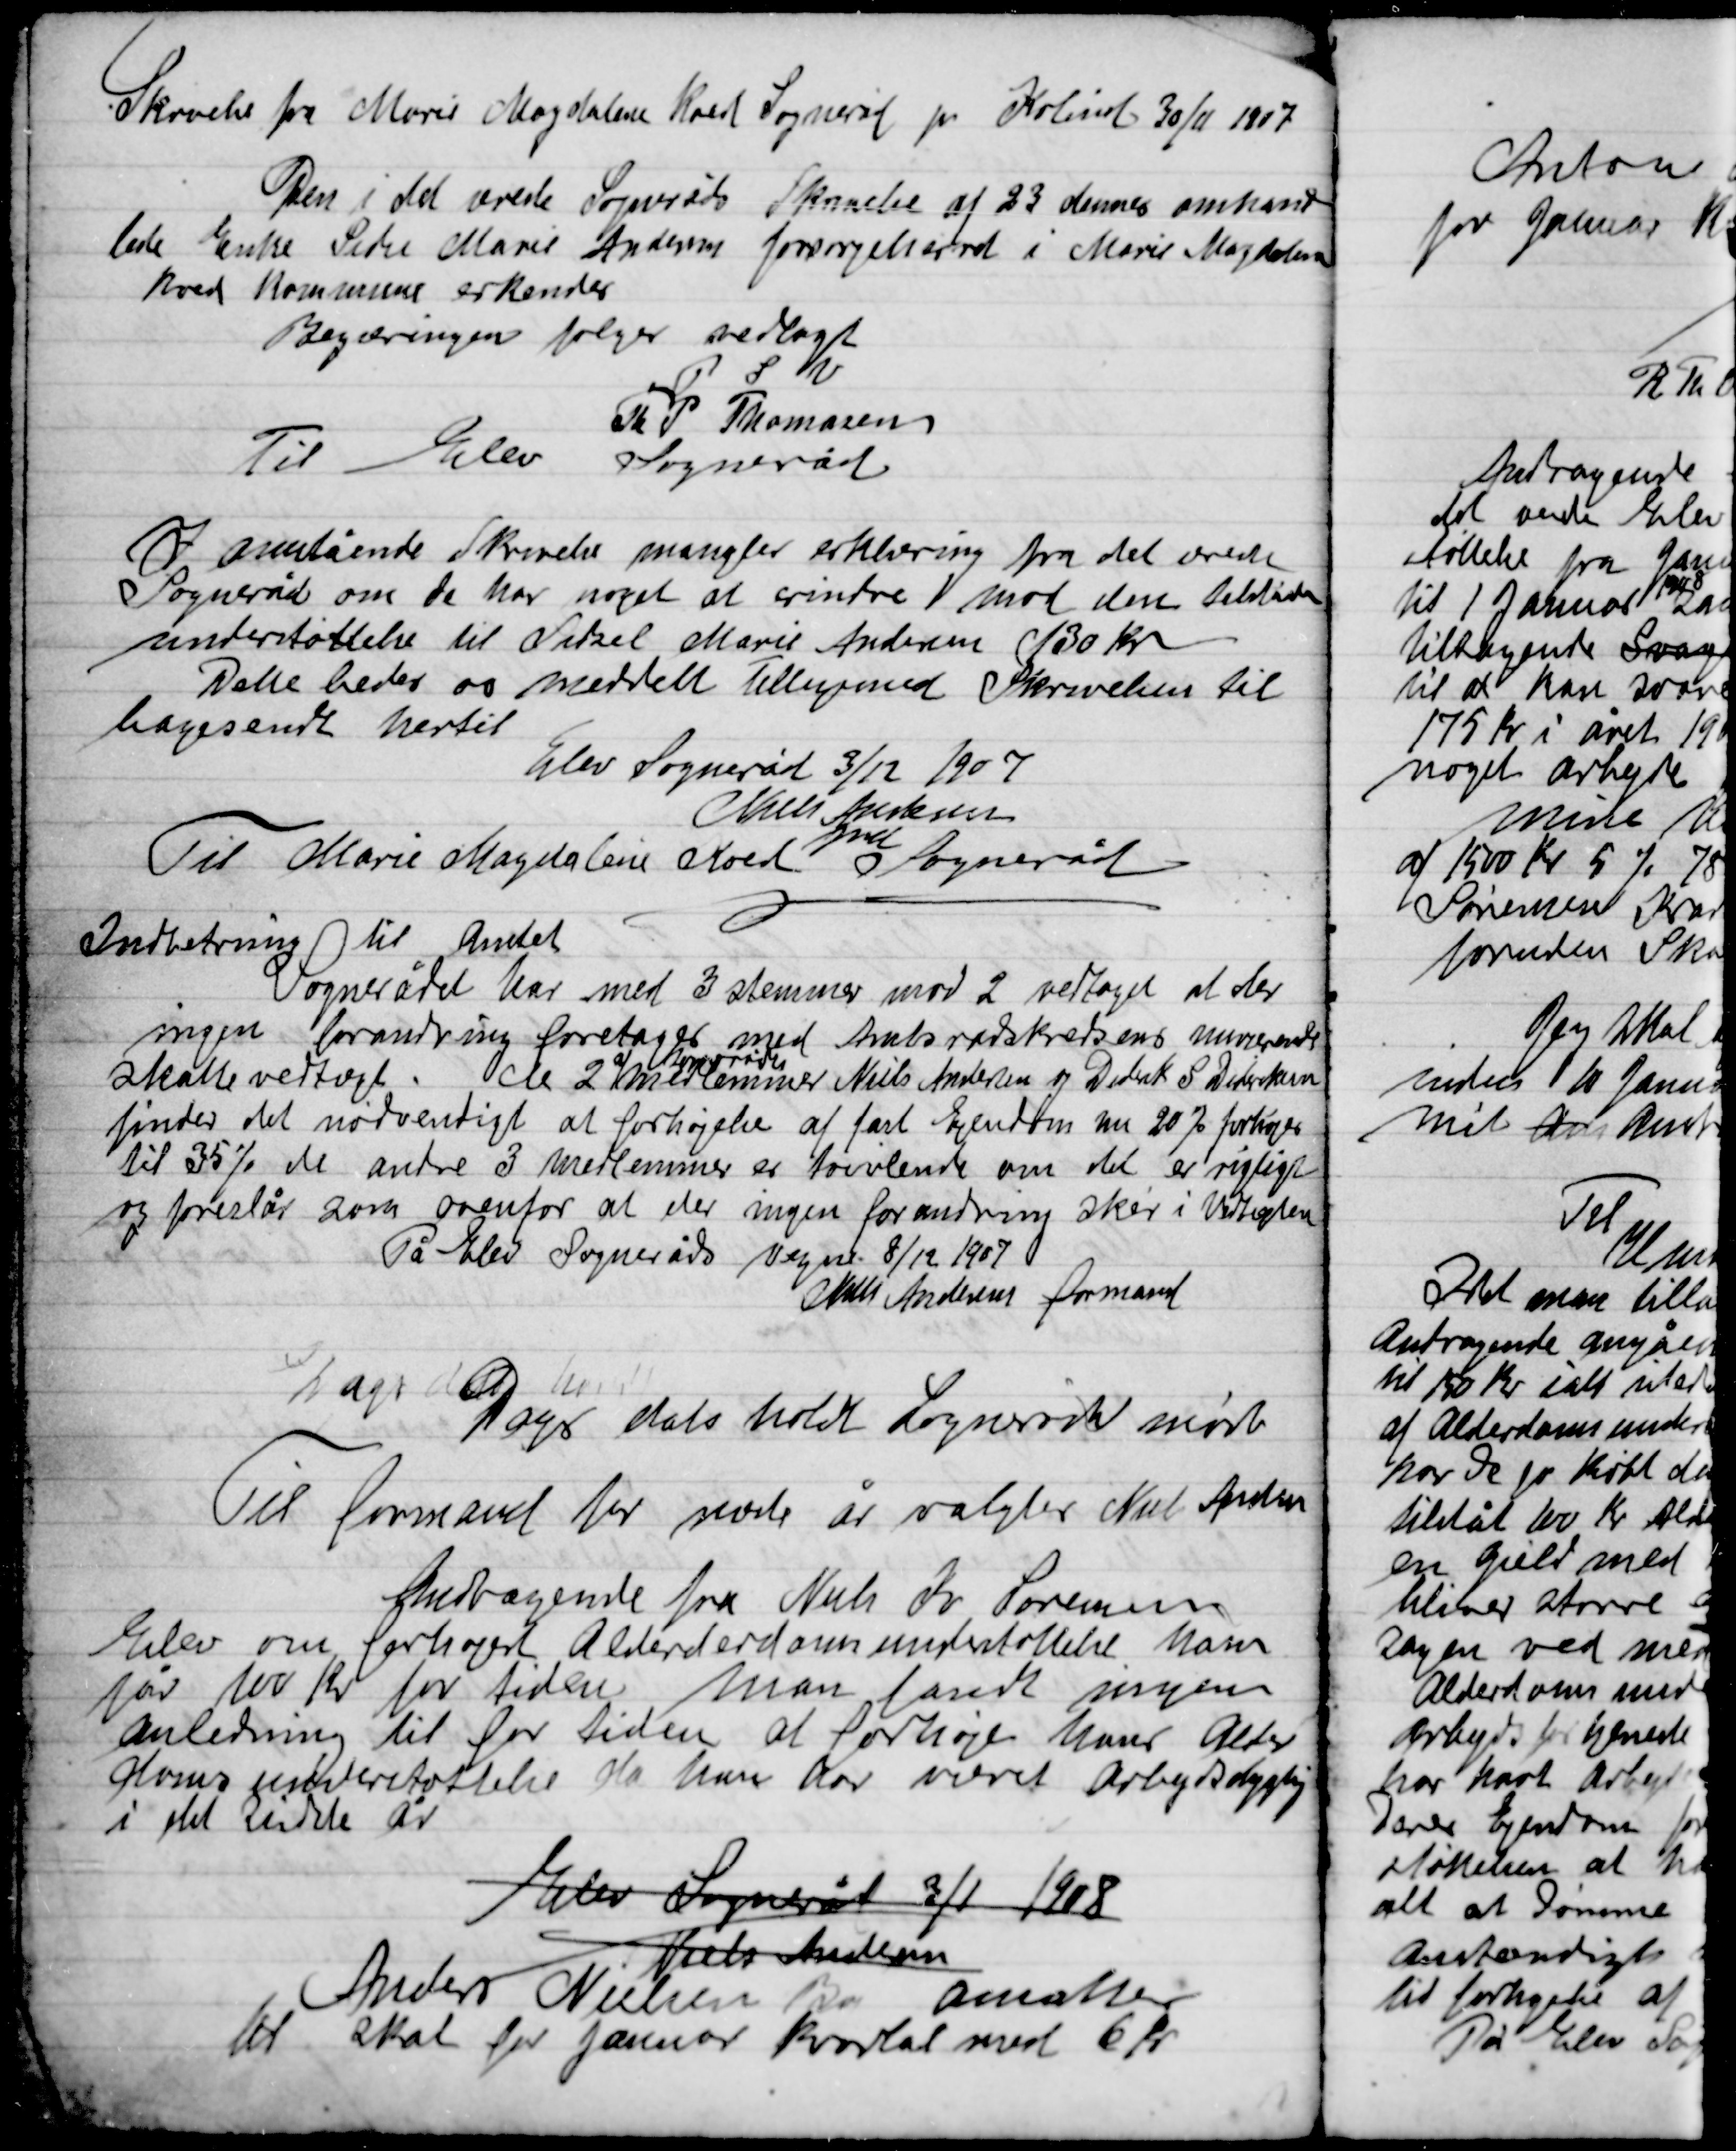
Transskription:
Skrivelse fra Marie Magdalene Koed Sogneråd for Kolind 30/11 1907
Den i det ærede Sogneråds Skrivelse af 23 dennes omhand-
lende Enke Petra Marie Andersen forsørgelsesret i Marie Magdalene
Koed Kommunes erkendes
Begæringen følger vedtaget
P.S.V.
Th. P. Thomsen
Til Elev Sogneråd

I ovenstående Skrivelse mangler erklæring fra det ærede
Sogneråd om De har noget at ændre mod den tilståede
understøttelse til Silzel Marie Andersen 130 Kr.
Dette bedes os meddelt Tilligemed Skrivelsen til-
bagesendt hertil
Elev Sogneråd 3/12 1907
Niels Andersen
fmd
Til Marie Magdalene Koed fra Sogneråd

Indberetning til Amtet
Sognerådet har med 3 stemmer mod 2 vedtaget at der
Ingen forandring foretages med Amtsraadskredsens nuværende
Skattevedtægt. De 2
af sognerådets
medlemmer Niels Andersen og Diderik S. Dideriksen
finder det nødvendigt at forhøjelse af fast Ejendom nu 20% forhøjes
til 35% de andre 3 medlemmer er tvivlende om det er rigtigt
og foreslår som ovenfor at der ingen forandring sker i Vedtægten
På Elev Sogneråds vegne 8/12 1907
Niels Andersen formand

Dags dato holdt Sognerådet møde

Til formand for næste år valgtes Niels Andersen

Andragende fra Niels Kr. Sørensen
Elev om forhøjet Alderdomsunderstøttelse. Han
får 100 Kr. for tiden. Man fandt ingen
anledning til for tiden at forhøje hans Alder-
domsunderstøttelse da han har været Arbejdsdygtig
i det sidste år.

Elev Sogneråd 3/1 1908
Niels Andersen

Anders Nielsen  ansættes
til skat for januar kvartal med 6 kr.